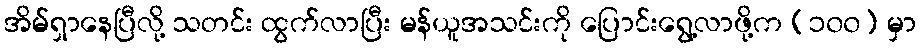
အိမ်ရှာနေပြီလို့ သတင်း ထွက်လာပြီး မန်ယူအသင်းကို ပြောင်းရွေ့လာဖို့က (၁၀၀) မှာ